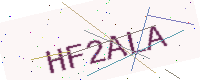
Text: HF2ALA